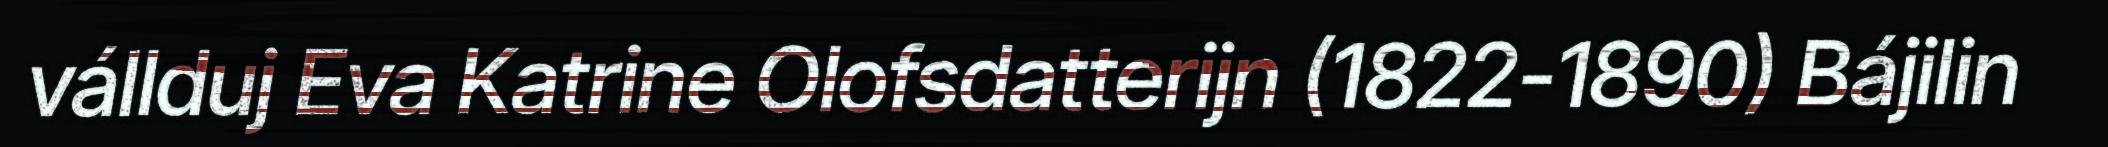
vállduj Eva Katrine Olofsdatterijn (1822-1890) Bájilin